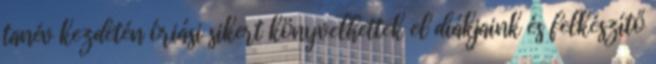
tanév kezdetén óriási sikert könyvelhettek el diákjaink és felkészítő